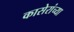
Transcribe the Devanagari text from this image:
कासेरांच्या